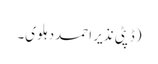
(ڈپٹی نذیر احمددہلوی۔